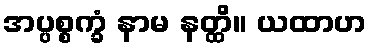
အပ္ပစ္စက္ခံ နာမ နတ္ထိ။ ယထာဟ